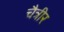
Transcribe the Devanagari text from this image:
चैत्रीर